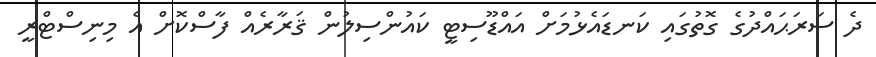
ދެ ސަރަޙައްދުގެ ގޮތުގައި ކަނޑައެޅުމަށް އައްޑޫސިޓީ ކައުންސިލުން ޤަރާރެއް ފާސްކޮށް އެ މިނިސްޓްރީ